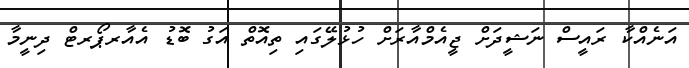
އަނެއްކާ ރައީސް ނަޝީދަށް ޖީއެމްއާރަށް ހުޅުލޭގައި ތިއޮތް އަގު ބޮޑު އެއާރޕޯރޓް ދިނީމާ